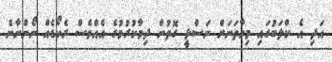
އަދި އެ ކްލަބުގައި މިހާތަނަށް ނަސްލީ ގޮތުން ދިމާކުރުމުގެ އެއްވެސް ރެކޯޑެއް ނޯންނާނެ